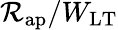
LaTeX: \mathcal{R}_{\mathrm{{ap}}}/W_{\mathrm{{LT}}}